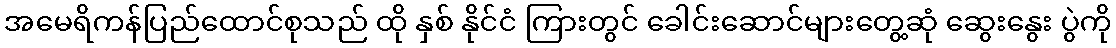
အမေရိကန်ပြည်ထောင်စုသည် ထို နှစ် နိုင်ငံ ကြားတွင် ခေါင်းဆောင်များတွေ့ဆုံ ဆွေးနွေး ပွဲကို